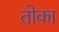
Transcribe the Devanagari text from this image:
तोका